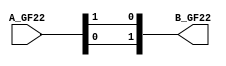
`timescale 1ns / 1ps
//////////////////////////////////////////////////////////////////////////////////
// Company: 
// Engineer: 
// 
// Design Name: 
// Module Name:    MultInvGF22 
// Project Name: 
// Target Devices: 
// Tool versions: 
// Description: 
//
// Dependencies: 
//
// Revision: 
// Revision 0.01 - File Created
// Additional Comments: 
//
//////////////////////////////////////////////////////////////////////////////////
module MulInvGF22(
    input [1:0] A_GF22,
    output wire [1:0] B_GF22
    );
	 
	
	assign  B_GF22[1] =   A_GF22[0];
	assign  B_GF22[0] =   A_GF22[1];	
	
endmodule